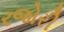
રજોરી